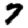
Digit: 7